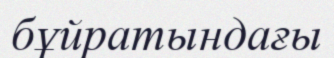
бұйратындағы